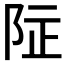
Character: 𱀌